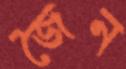
জৈন